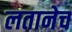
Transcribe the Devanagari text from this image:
लतानेच